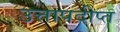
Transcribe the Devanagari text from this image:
उत्तापदीप्त